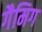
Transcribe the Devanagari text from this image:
गैमिग